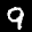
Label: 9